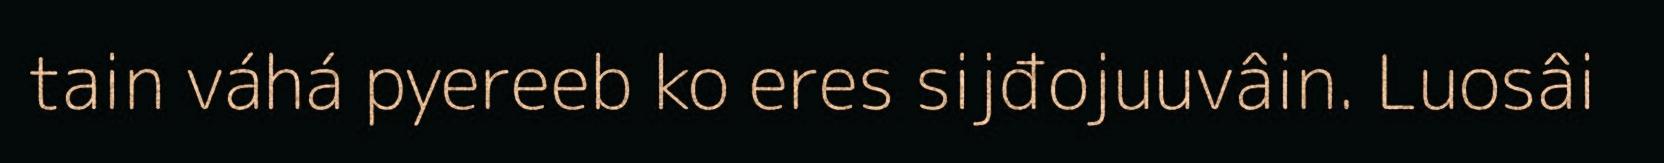
tain váhá pyereeb ko eres sijđojuuvâin. Luosâi